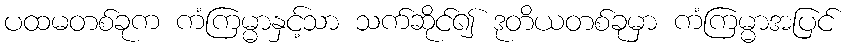
ပထမတစ်ခုက ကံကြမ္မာနှင့်သာ သက်ဆိုင်၍ ဒုတိယတစ်ခုမှာ ကံကြမ္မာအပြင်